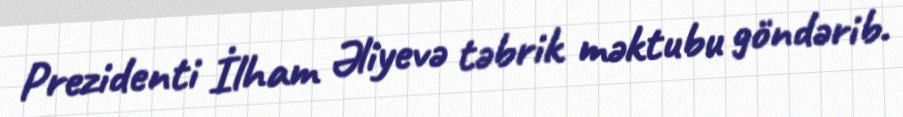
Prezidenti İlham Əliyevə təbrik məktubu göndərib.